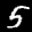
Label: 5